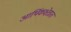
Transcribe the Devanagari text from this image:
आर्थिकक्षेत्रात